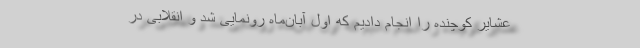
عشایر کوچنده را انجام دادیم که اول آبان‌ماه رونمایی شد و انقلابی در